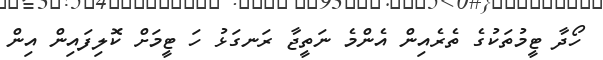
ހޯދާ ޓީމުތަކުގެ ތެރެއިން އެންމެ ނަތީޖާ ރަނގަޅު ހަ ޓީމަށް ކޮލިފައިން އިން